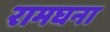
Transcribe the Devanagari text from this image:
रामघना